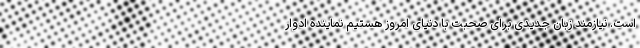
است. نیازمند زبان جدیدی برای صحبت با دنیای امروز هستیم نماینده ادوار